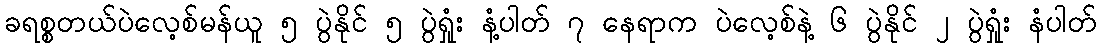
ခရစ္စတယ်ပဲလေ့စ်မန်ယူ ၅ ပွဲနိုင် ၅ ပွဲရှုံး နံ့ပါတ် ၇ နေရာက ပဲလေ့စ်နဲ့ ၆ ပွဲနိုင် ၂ ပွဲရှုံး နံပါတ်